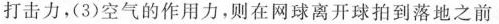
打击力，(3)空气的作用力，则在网球离开球拍到落地之前